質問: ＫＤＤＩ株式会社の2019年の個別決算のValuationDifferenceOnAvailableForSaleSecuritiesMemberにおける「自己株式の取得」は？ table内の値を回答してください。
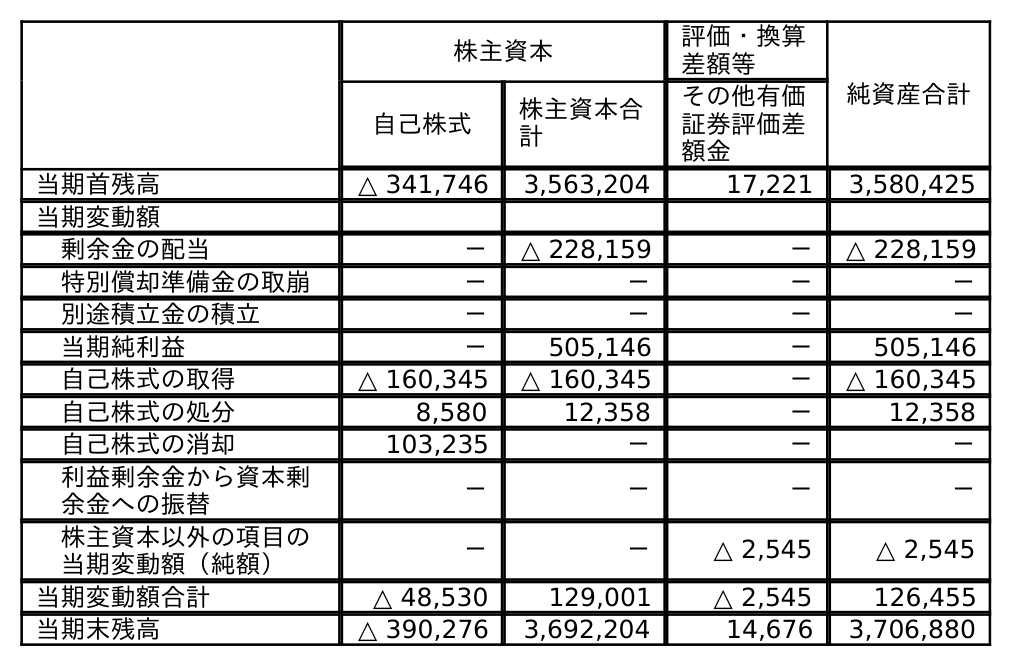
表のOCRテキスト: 株主資本 評価・換算 差額等 純資産合計 自己株式 株主資本合 計 その他有価 証券評価差 額金 当期首残高 △ 341,746 3,563,204 17,221 3,580,425 当期変動額 剰余金の配当 － △ 228,159 － △ 228,159 特別償却準備金の取崩 － － － － 別途積立金の積立 － － － － 当期純利益 － 505,146 － 505,146 自己株式の取得 △ 160,345 △ 160,345 － △ 160,345 自己株式の処分 8,580 12,358 － 12,358 自己株式の消却 103,235 － － － 利益剰余金から資本剰 余金への振替 － － － － 株主資本以外の項目の 当期変動額（純額） － － △ 2,545 △ 2,545 当期変動額合計 △ 48,530 129,001 △ 2,545 126,455 当期末残高 △ 390,276 3,692,204 14,676 3,706,880
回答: －